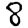
Digit: 8